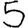
Digit: 5